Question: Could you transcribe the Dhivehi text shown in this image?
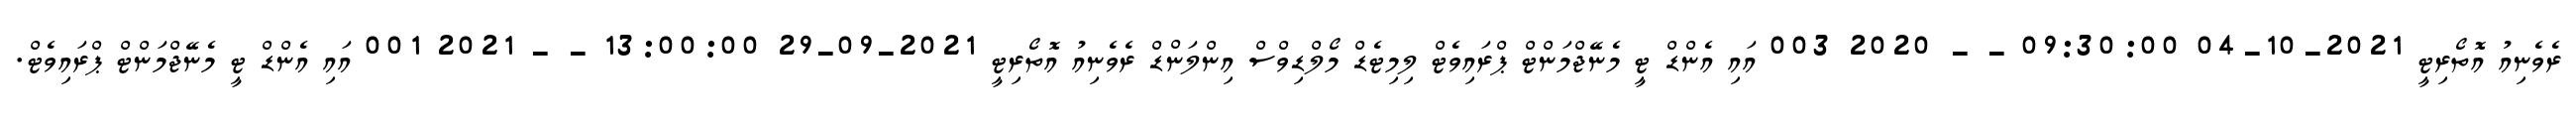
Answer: ރެވެނިއު އޮތޯރިޓީ 2021-10-04 09:30:00 - - 2020 003 އައި އެންޑް ޓީ މެނޭޖްމަންޓް ޕްރައިވެޓް ލިމިޓެޑް މޯލްޑިވްސް އިންލަންޑް ރެވެނިއު އޮތޯރިޓީ 2021-09-29 13:00:00 - - 2021 001 އައި އެންޑް ޓީ މެނޭޖްމަންޓް ޕްރައިވެޓް.